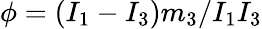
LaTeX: \phi=(I_{1}-I_{3})m_{3}/I_{1}I_{3}